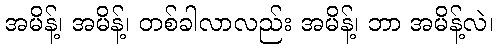
အမိန့်၊ အမိန့်၊ တစ်ခါလာလည်း အမိန့်၊ ဘာ အမိန့်လဲ၊